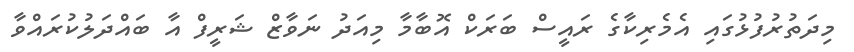
މިދަތުރުފުޅުގައި އެމެރިކާގެ ރައީސް ބަރަކް އޮބާމާ މިއަދު ނަވާޒް ޝަރީފް އާ ބައްދަލުކުރައްވާ